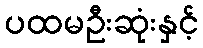
ပထမဦးဆုံးနှင့်